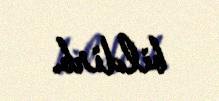
bildirb.